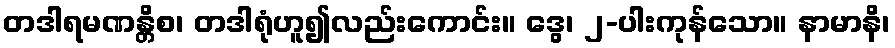
တဒါရမဏန္တိစ၊ တဒါရုံဟူ၍လည်းကောင်း။ ဒွေ၊ ၂-ပါးကုန်သော။ နာမာနိ၊